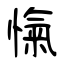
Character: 愾